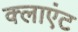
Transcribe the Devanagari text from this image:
क्‍लाएंट